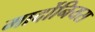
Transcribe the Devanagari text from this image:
मार्दोनियस